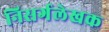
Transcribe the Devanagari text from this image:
निसर्गलेखक